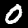
Digit: 0